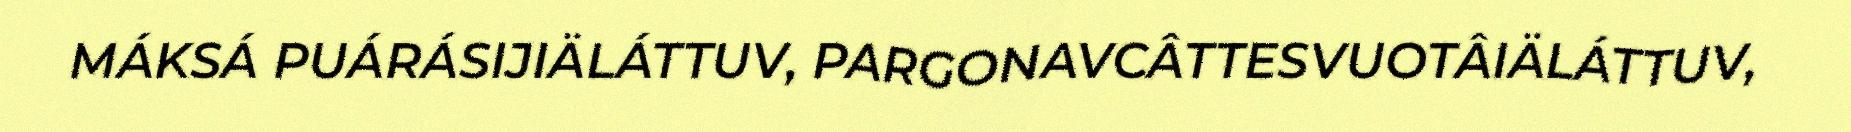
MÁKSÁ PUÁRÁSIJIÄLÁTTUV, PARGONAVCÂTTESVUOTÂIÄLÁTTUV,